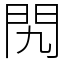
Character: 𨳊